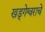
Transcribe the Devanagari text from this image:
खड्गेश्वराचे